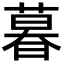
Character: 暮